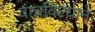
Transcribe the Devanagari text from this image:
वाचविल्याने